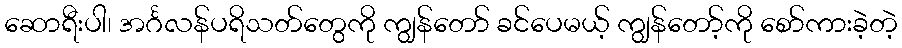
ဆောရီးပါ၊ အင်္ဂလန်ပရိသတ်တွေကို ကျွန်တော် ခင်ပေမယ့် ကျွန်တော့်ကို စော်ကားခဲ့တဲ့